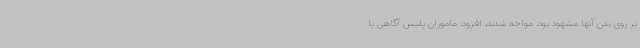
بر روی بدن آنها مشهود بود، مواجه شدند، افزود: ماموران پلیس آگاهی با